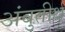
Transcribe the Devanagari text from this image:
अंबुतीर्थ